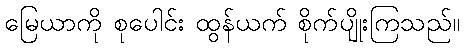
မြေယာကို စုပေါင်း ထွန်ယက် စိုက်ပျိုးကြသည်။